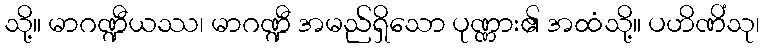
သို့။ မာဂဏ္ဍီယဿ၊ မာဂဏ္ဍီ အမည်ရှိသော ပုဏ္ဏား၏ အထံသို့။ ပဟိဏိံသု၊